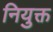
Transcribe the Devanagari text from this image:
नियुक्त